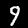
Label: 9